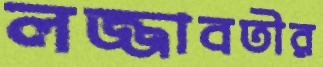
লজ্জাবতীর